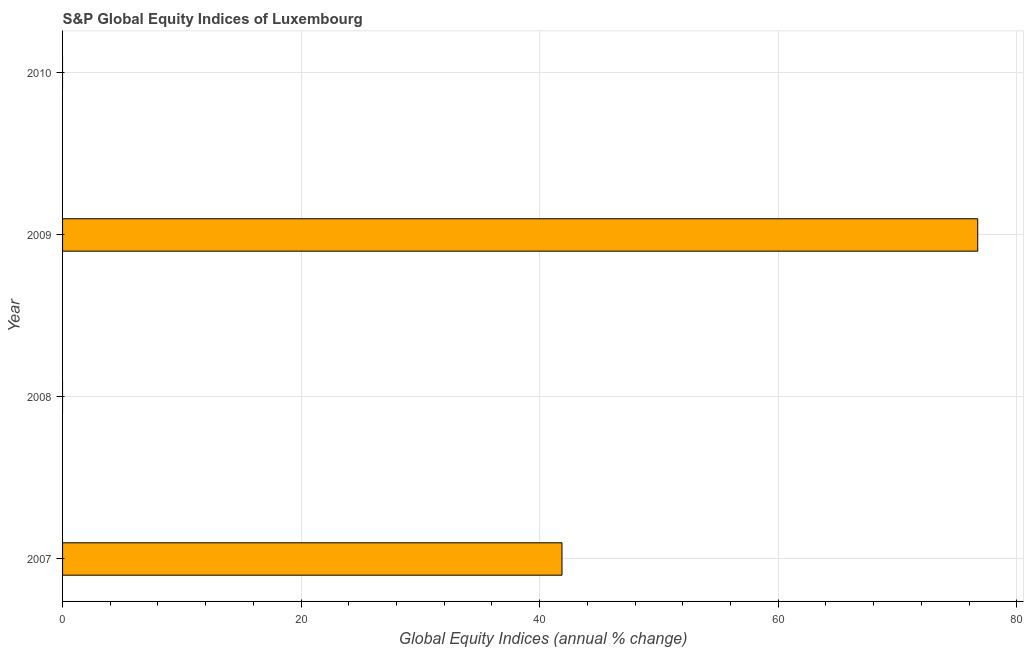
| Year | S&P Global Equity Indices |
 | --- | --- |
 | 2007 | 41.9 |
 | 2008 | -64.3 |
 | 2009 | 76.7 |
 | 2010 | -3.34 |